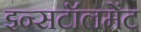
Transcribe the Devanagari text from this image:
इन्सटॉलमेंट